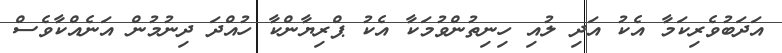
އަދަބުވެރިކަމާ އެކު އަދި ލުއި ހިނިތުންވުމަކާ އެކު ޕްރިޔާންކާ ހުއްދަ ދިނުމުން އަނެއްކާވެސް